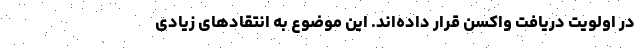
در اولویت دریافت واکسن قرار داده‌اند. این موضوع به انتقادهای زیادی